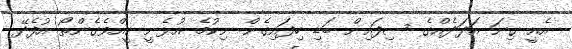
އެއީ ގިނަ އަދަދެއްގެ ސިފައިން ބަޑި ހިފައިގެން ނިކުމެ އުޅެނީ ކީއްވެގެންތޯ އުފެދޭ